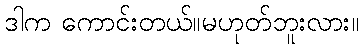
ဒါက ကောင်းတယ်။မဟုတ်ဘူးလား။